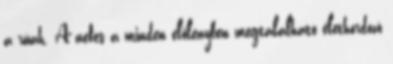
a rúah. A nefes a minden élőlényben megtalálható élethordozó